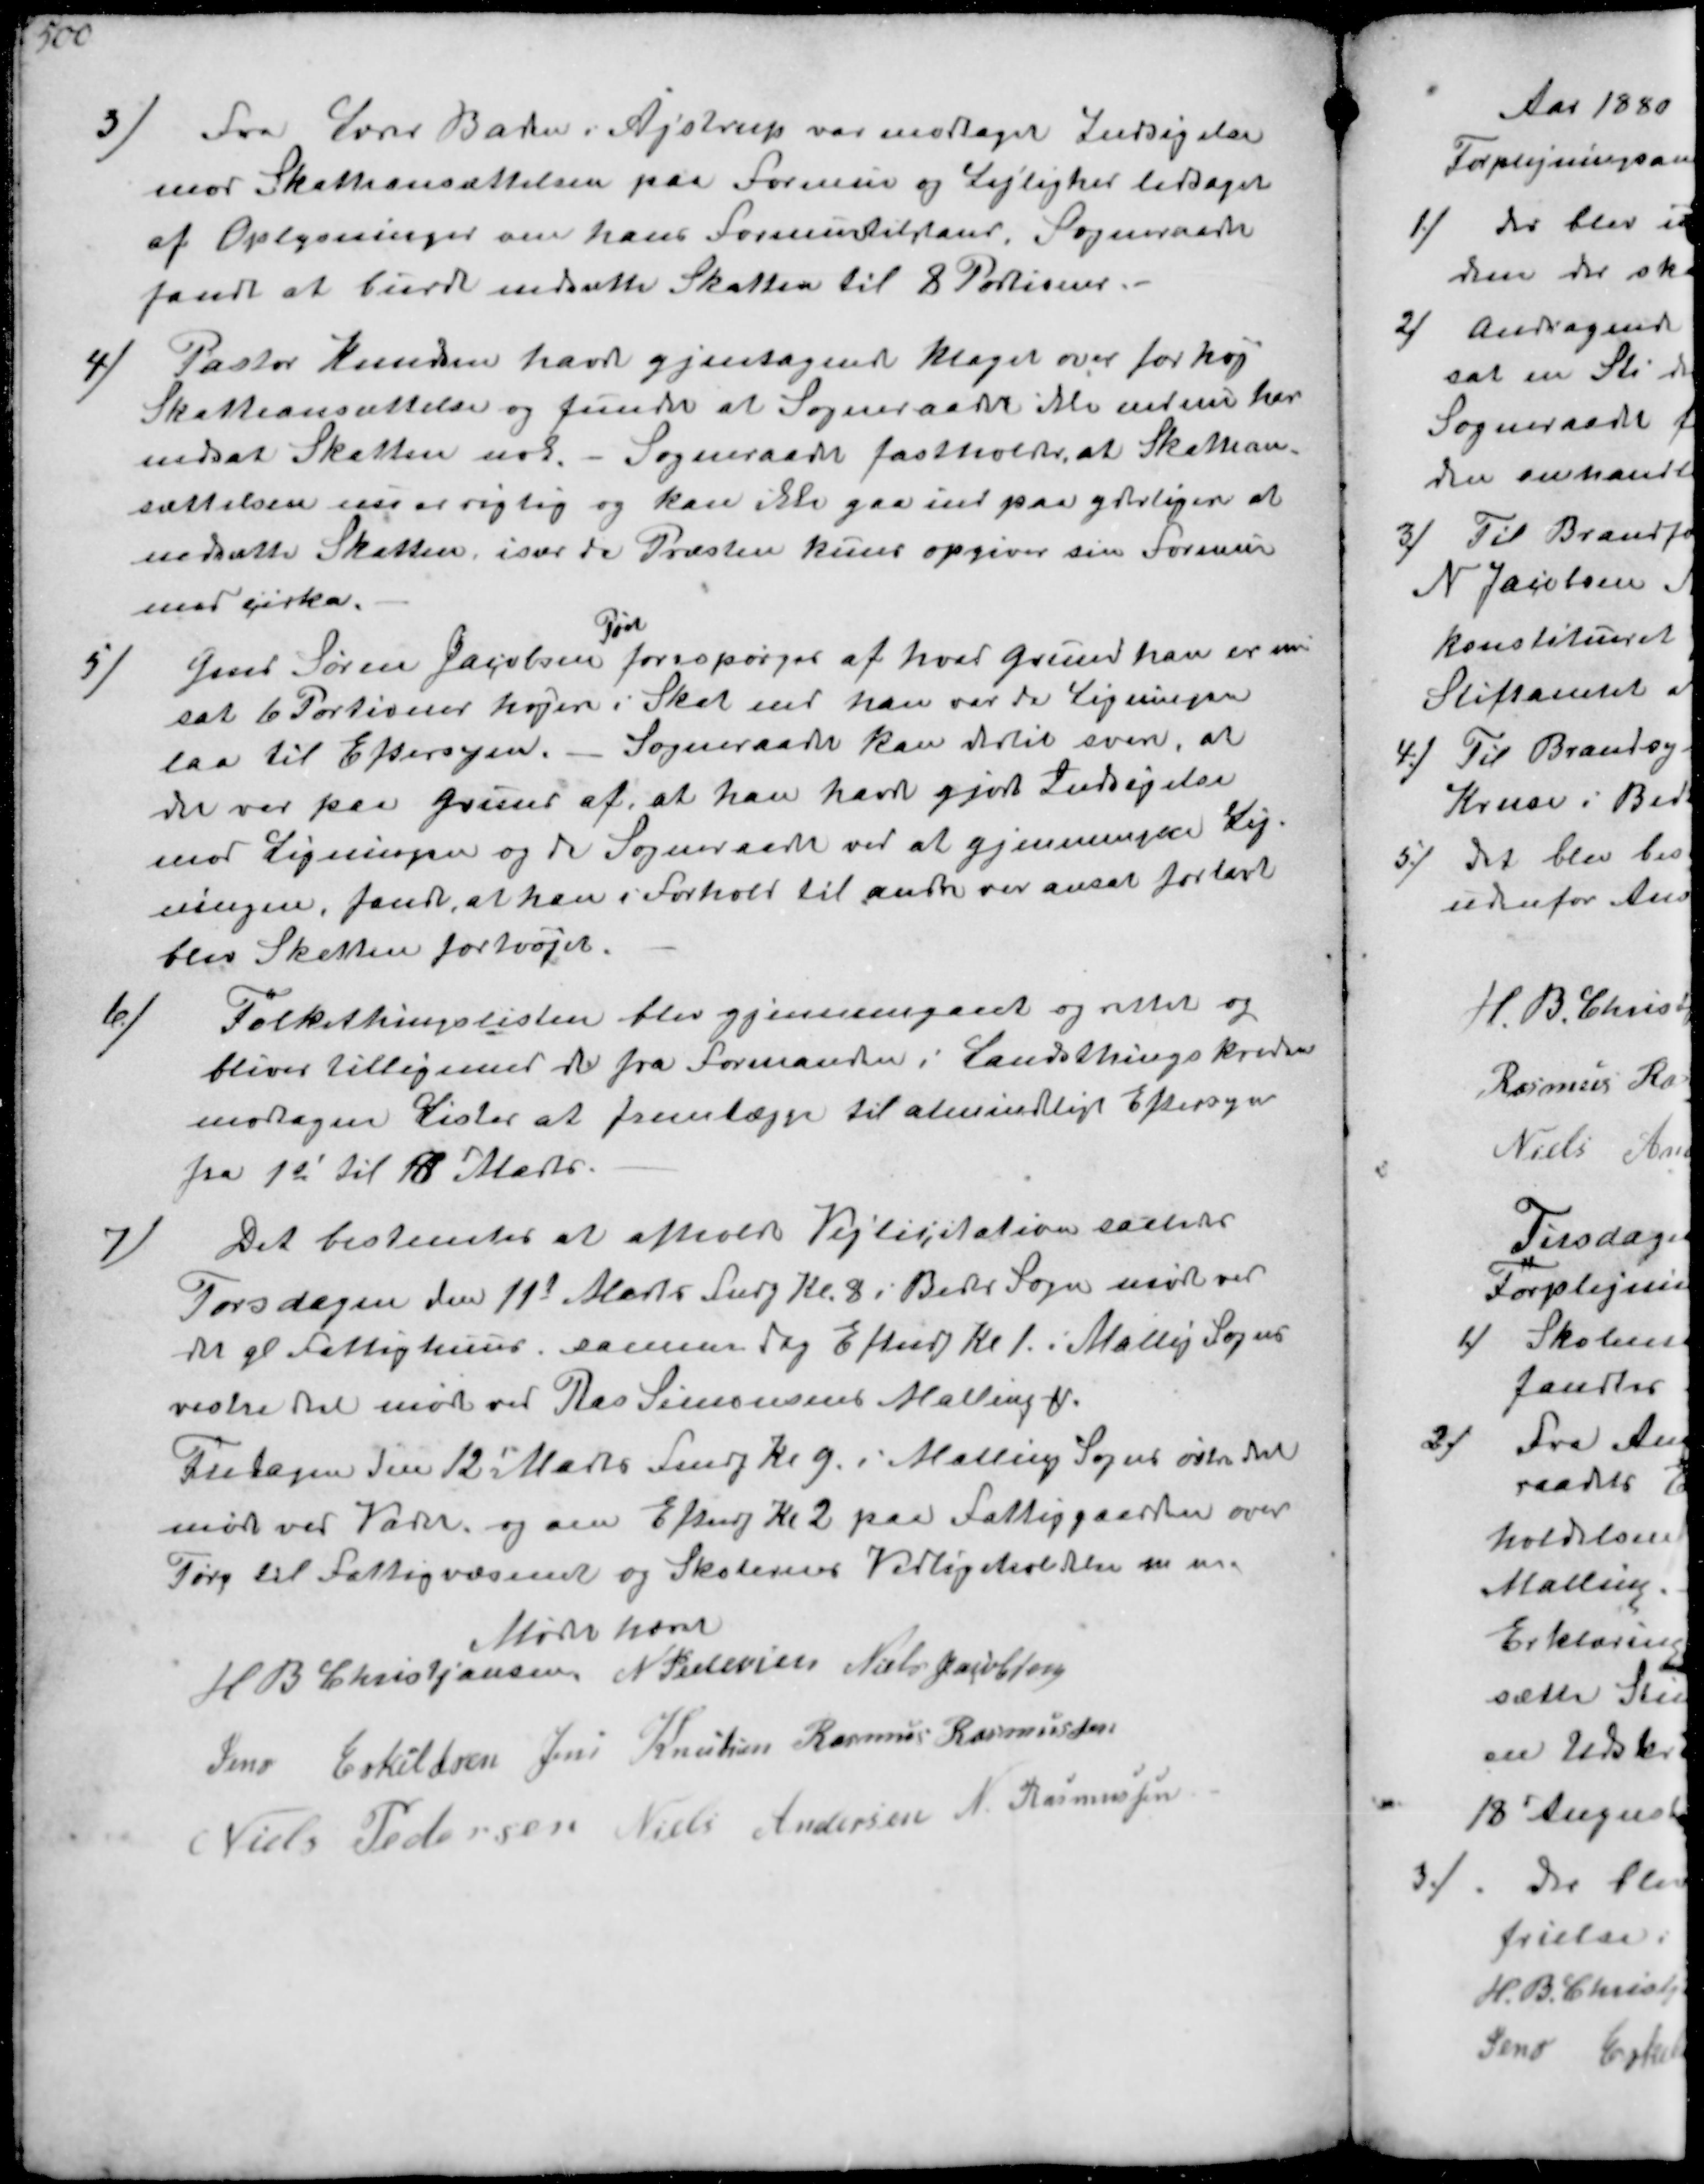
Transskription:
3/
Fra Lærer Baden i Ajstrup var modtagen Indsigelse
mod Skatteansættelsen paa Formue og Lejlighed ledsaget
af Oplysninger om hans Formuetilstand., Sogneraadet
fandt at burde nedsætte Skatten til 8 Portioner.
4/
Pastor Knudsen havde gjentagende klaget over for høj
Skatteansættelse og funder at Sogneraadt ikke endnu har
nedsat Skatten nok- Sogneraadet fastholdt at Skattean-
sættelsen nu er rigtig og kan ikke gaa ind paa yderligen at
nedsætte Skatten, især da Præsten kuns opgiver sin Formue
med cirka.
5/
Gmd Søren Jacobsen
Pøel
forespørger af hvad grund han er an-
sat 6 Portioner højere i Skat end han var da Ligninger
laa til Eftersyn. - Sogneraadet kan dertil svare, at
der var paa Grund af at han have gjort Indsigelse
mod Ligningen og da Sogneraadet ved at gjennemgaa Lig-
ningen, fandt, at han i Forhold til andre var ansat for lavt
blev Skatten forhøjet.
6/
Folkethingslisten blev gjennemgaaet og rettet og
bliver tilligemed de fra Formanden i Landstingskredsen
modtagen Lister at fremtægge til almindligt Eftersyn
fra 1s til 18d Marts.
7/
Det bestemtes at afholde Vejlicitation saaledes
Torsdagen den 11t Marts Fmdg Kl. 8 i Beder Sogn møde ved
det gl Fattighuus samme Dag Eftmdg Kl 1. i Malling Sogns
vestre Del møde ved Ras Simensens Malling M
Fredagen den 12' Marts Fmdg Kl 9. i Malling Sogn østre del
møde ved Vadet og om Eftmdg Kl 2 paa Fattiggaarden over
Tørg til Fattigvæsenet og Skolernes Vedligeholdelse m.m.
Mødet hævet
H P Christjansen
N Pedersen
Niels Jacobsen
Jens Eskeldsen
Jens Knudsen
Rasmus Rasmussen
Niels Pedersen
Niels Andersen
N. Rasmussen